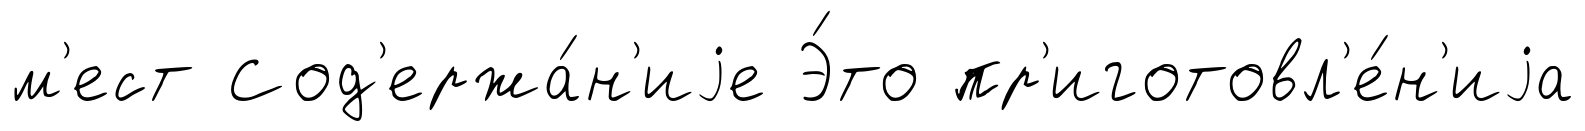
м'ест Сод'ержа́н'иjе Э́то пр'иготовл'е́н'иjа